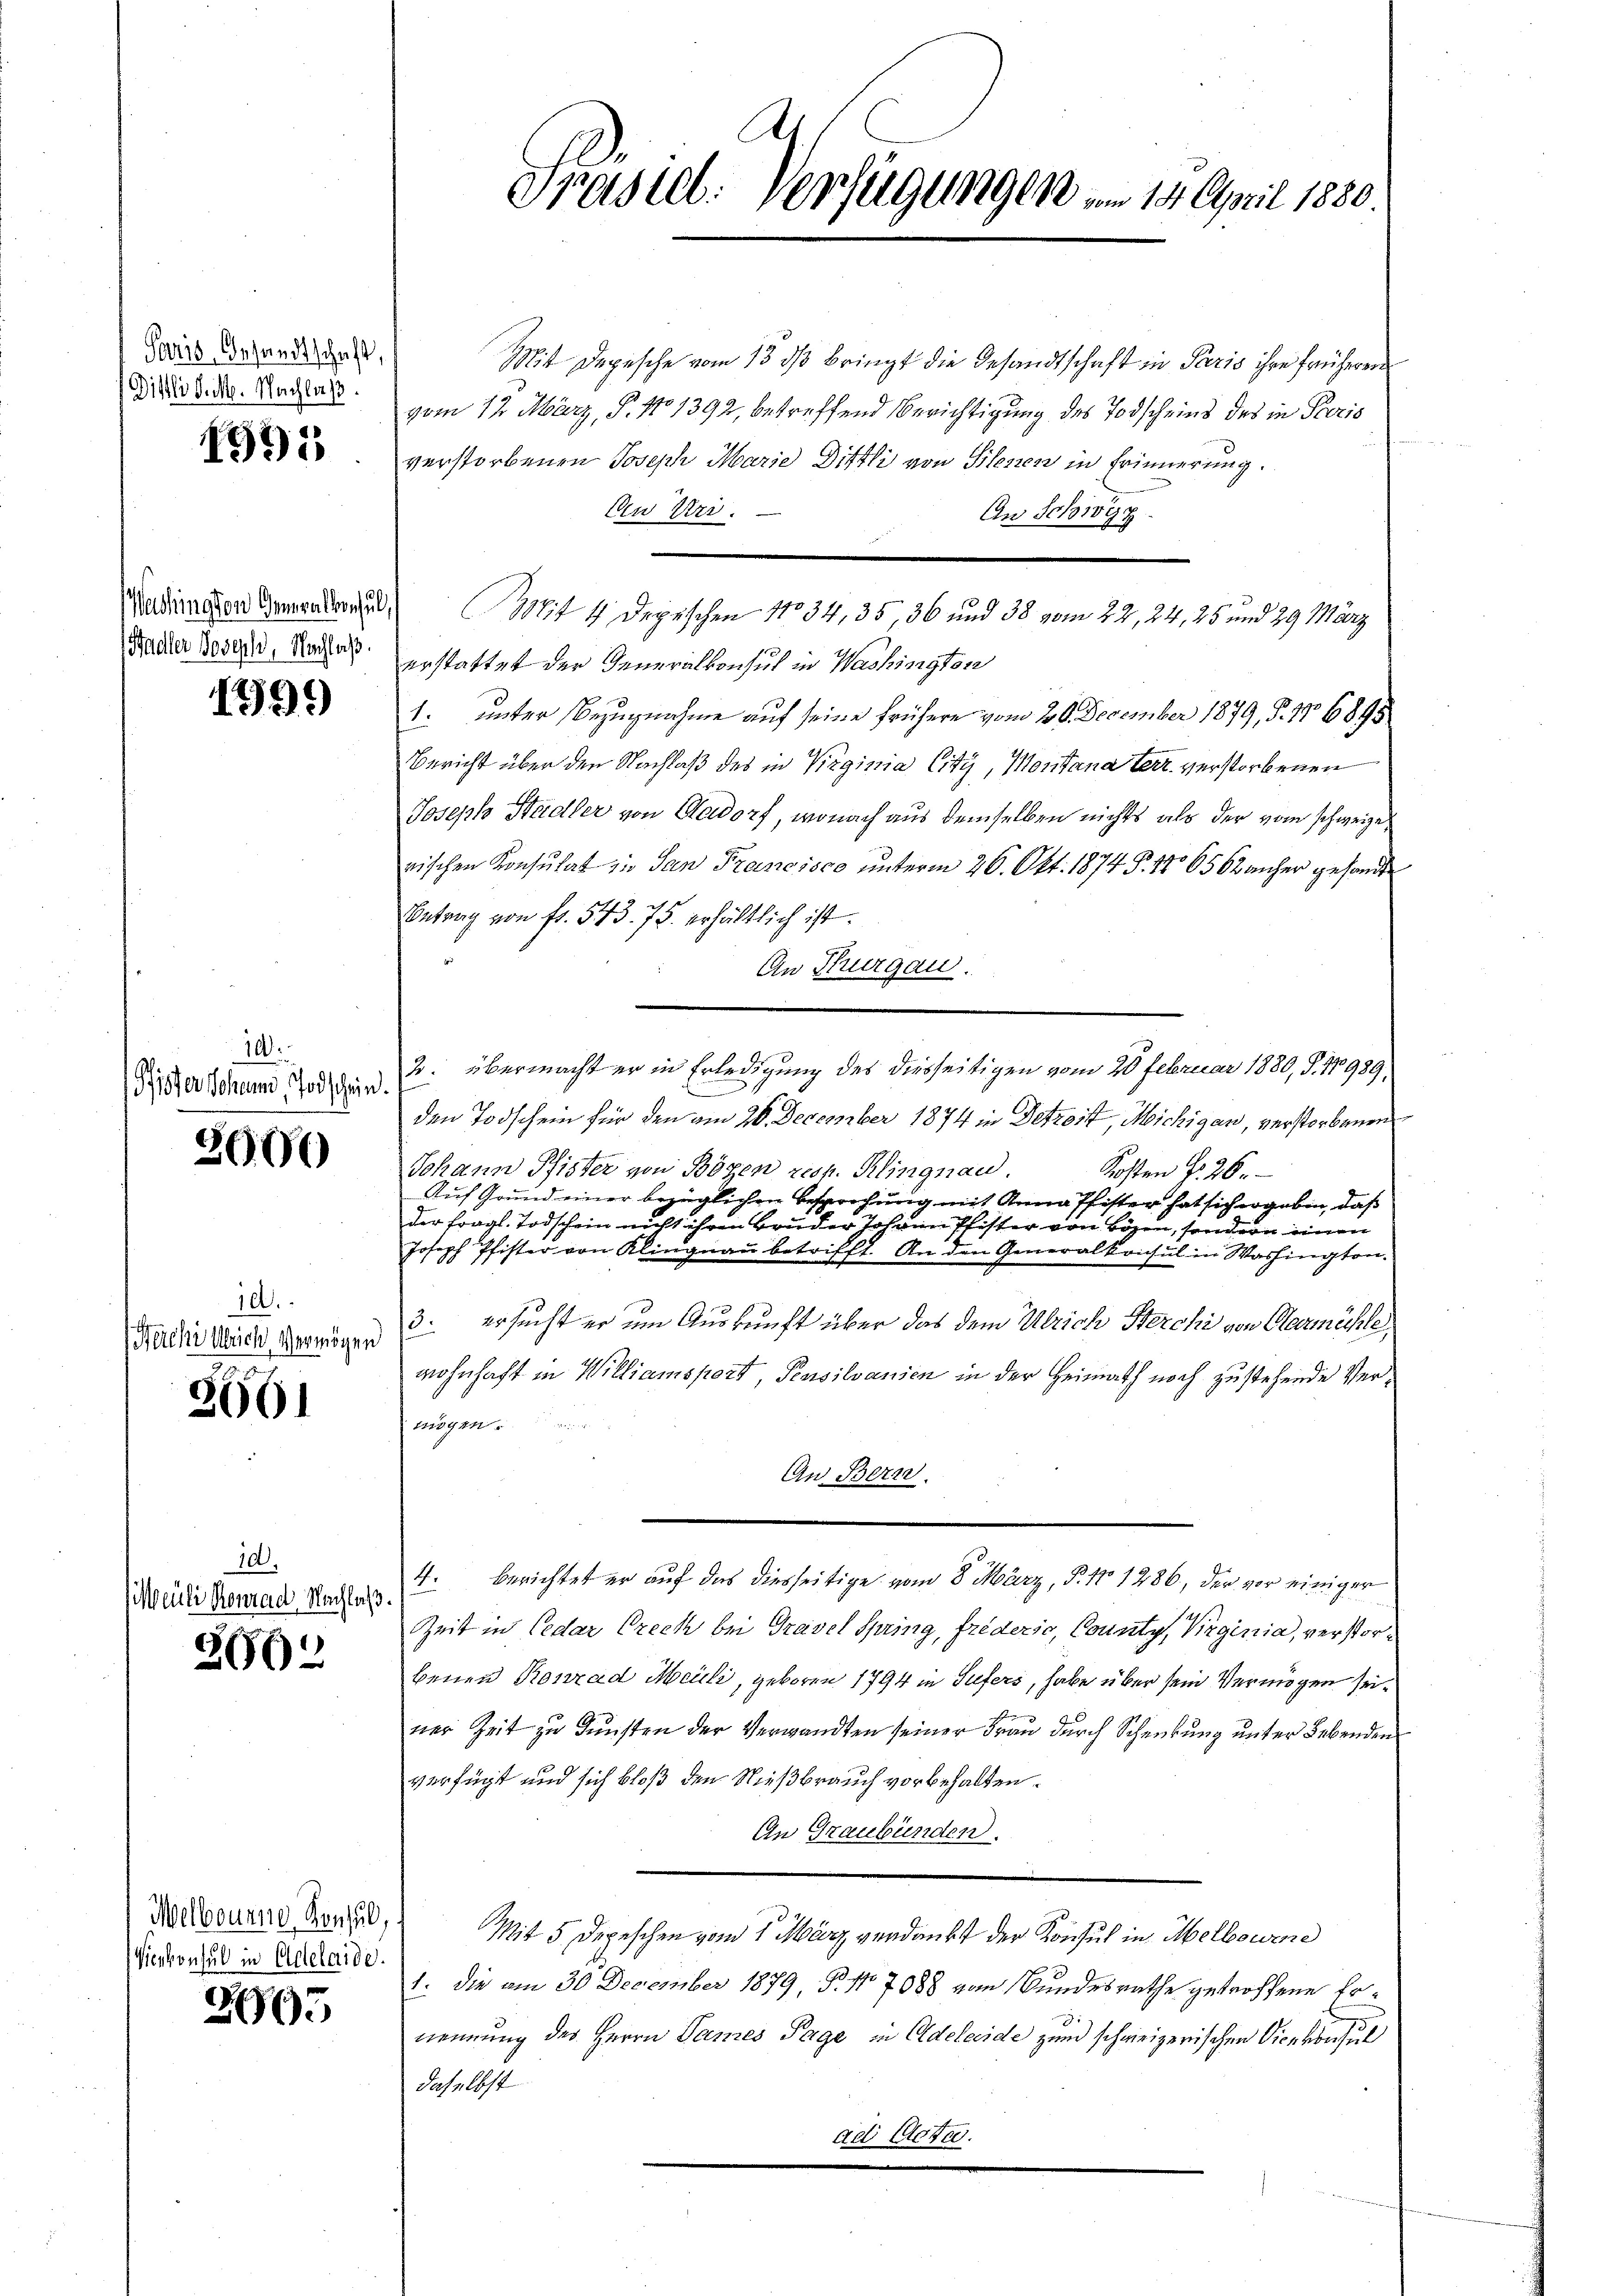
Paris, Gesandtschaft,
Distli d. M. Nachlaß.

1995

Wadler Joseph, Nachlaß.

1799

10
Pfister Johann, Todschein

3000

10.
Herche Ulrich, Vermögen

2661

10.
Meuli Konrad Nachlaß

266)

Welbourne Konsul,
Vienkonsul in Adelaide.

2995

Präsid. Verfügungen am 14. April 1880.

Mit Depesche vom 13. ds bringt die Gesandtschaft in Paris ihre früheren
vom 12. März, P. No 1392, betreffend Berichtigung des Todscheins des in Paris
verstorbenen Joseph Marie Distli von Blesien in Erinnerung.
Du Uri.
An Schwyz.
Wardingen Gementen Mit 4 Depischen No 34, 35, 36 und 38 vom 22, 24, 25 und 29. März
erstattet der Generalkonsul in Washingten
1. unter Bezugnahme auf seine frühere vom 26. December 1879, S. 17 6895
Bericht über den Nachlaß des in Virginia City, Moritana terr. verstorbenen
Joseph Stadler von Aadorf, wonach aus demselben nichts als der vom schweizerischen Konsulat zu San Francisco unterm 26. Okt. 1874 § 17 6562 anher gesonde
Betrag von fr. 543. 75. erhältlich ist.
An Thurgau.
2. übermacht er in Erledigung des diesseitigen vom 20 Februar 1880, S. 11989,
den Todschein für den am 20. December 1874 in Detzoit, Michigan, verstorbenen
Johann Pfister von Bozen resp. Klingnau,
Kosten d. 26.
Auf Grund einer bezüglichen Besprechung mit Anna Pfister hat sich ergeben, daß
der fragl. Todschein nicht ihren Bruder Johann Pfister von Bözen, sondern einen
Joseph Pfister von Klingnau betrifft. An den Generalkonsul in Washington¬
3. ersucht er um Auskunft über das dem Ulrich Sterchi von Obermächte
wohnhaft in Williamsport, Pensilvanien in der Heimath noch zu stehende Vern
 mögen.
An Bern.
4. berichtet er auf das diesseitige vom 8. März, P. 17. 1286, der vor einiger
Zeit in Ceder Prech bei Gravel spring, friderio, County, Virginia, verstorbenen Konrad Meili, geboren 1794 in Sufers, habe über sein Vermögen seiner Zeit zu Dunsten der Verwandten seiner Frau durch Schenkung unter Lebenden
verfügt und sich bloß den Nießbrauch vorbehalten.
An Graubünden.
Mit 5 Depeschen vom 1. März verdankt der Konsul in Mellowend
1: die am 30. December 1879, P. No 7088 von Bundesrathe getroffene Ernennung des Herrn Dames Tage in Oldeleide zum schweizerischen Vicekonsul
daselbst
ad Acten.